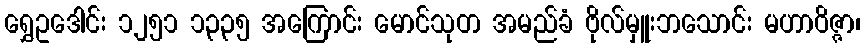
ရွှေဥဒေါင်း ၁၂၅၁ ၁၃၃၅ အကြောင်း မောင်သုတ အမည်ခံ ဗိုလ်မှူးဘသောင်း မဟာဝိဇ္ဇာ၊